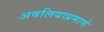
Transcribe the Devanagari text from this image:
अवलियाप्रमाणे